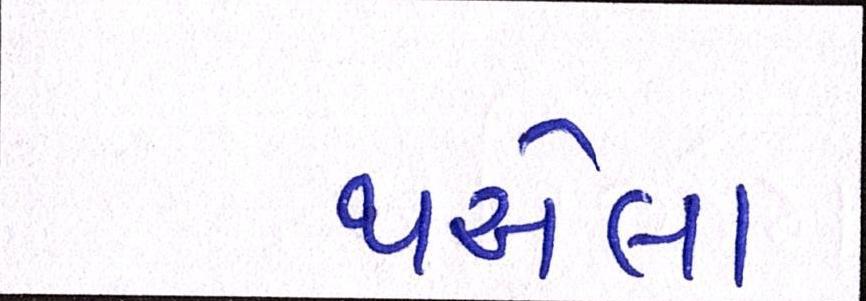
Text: થએલા